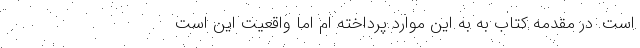
است. در مقدمه‌ کتاب به به این موارد پرداخته ام اما واقعیت این است